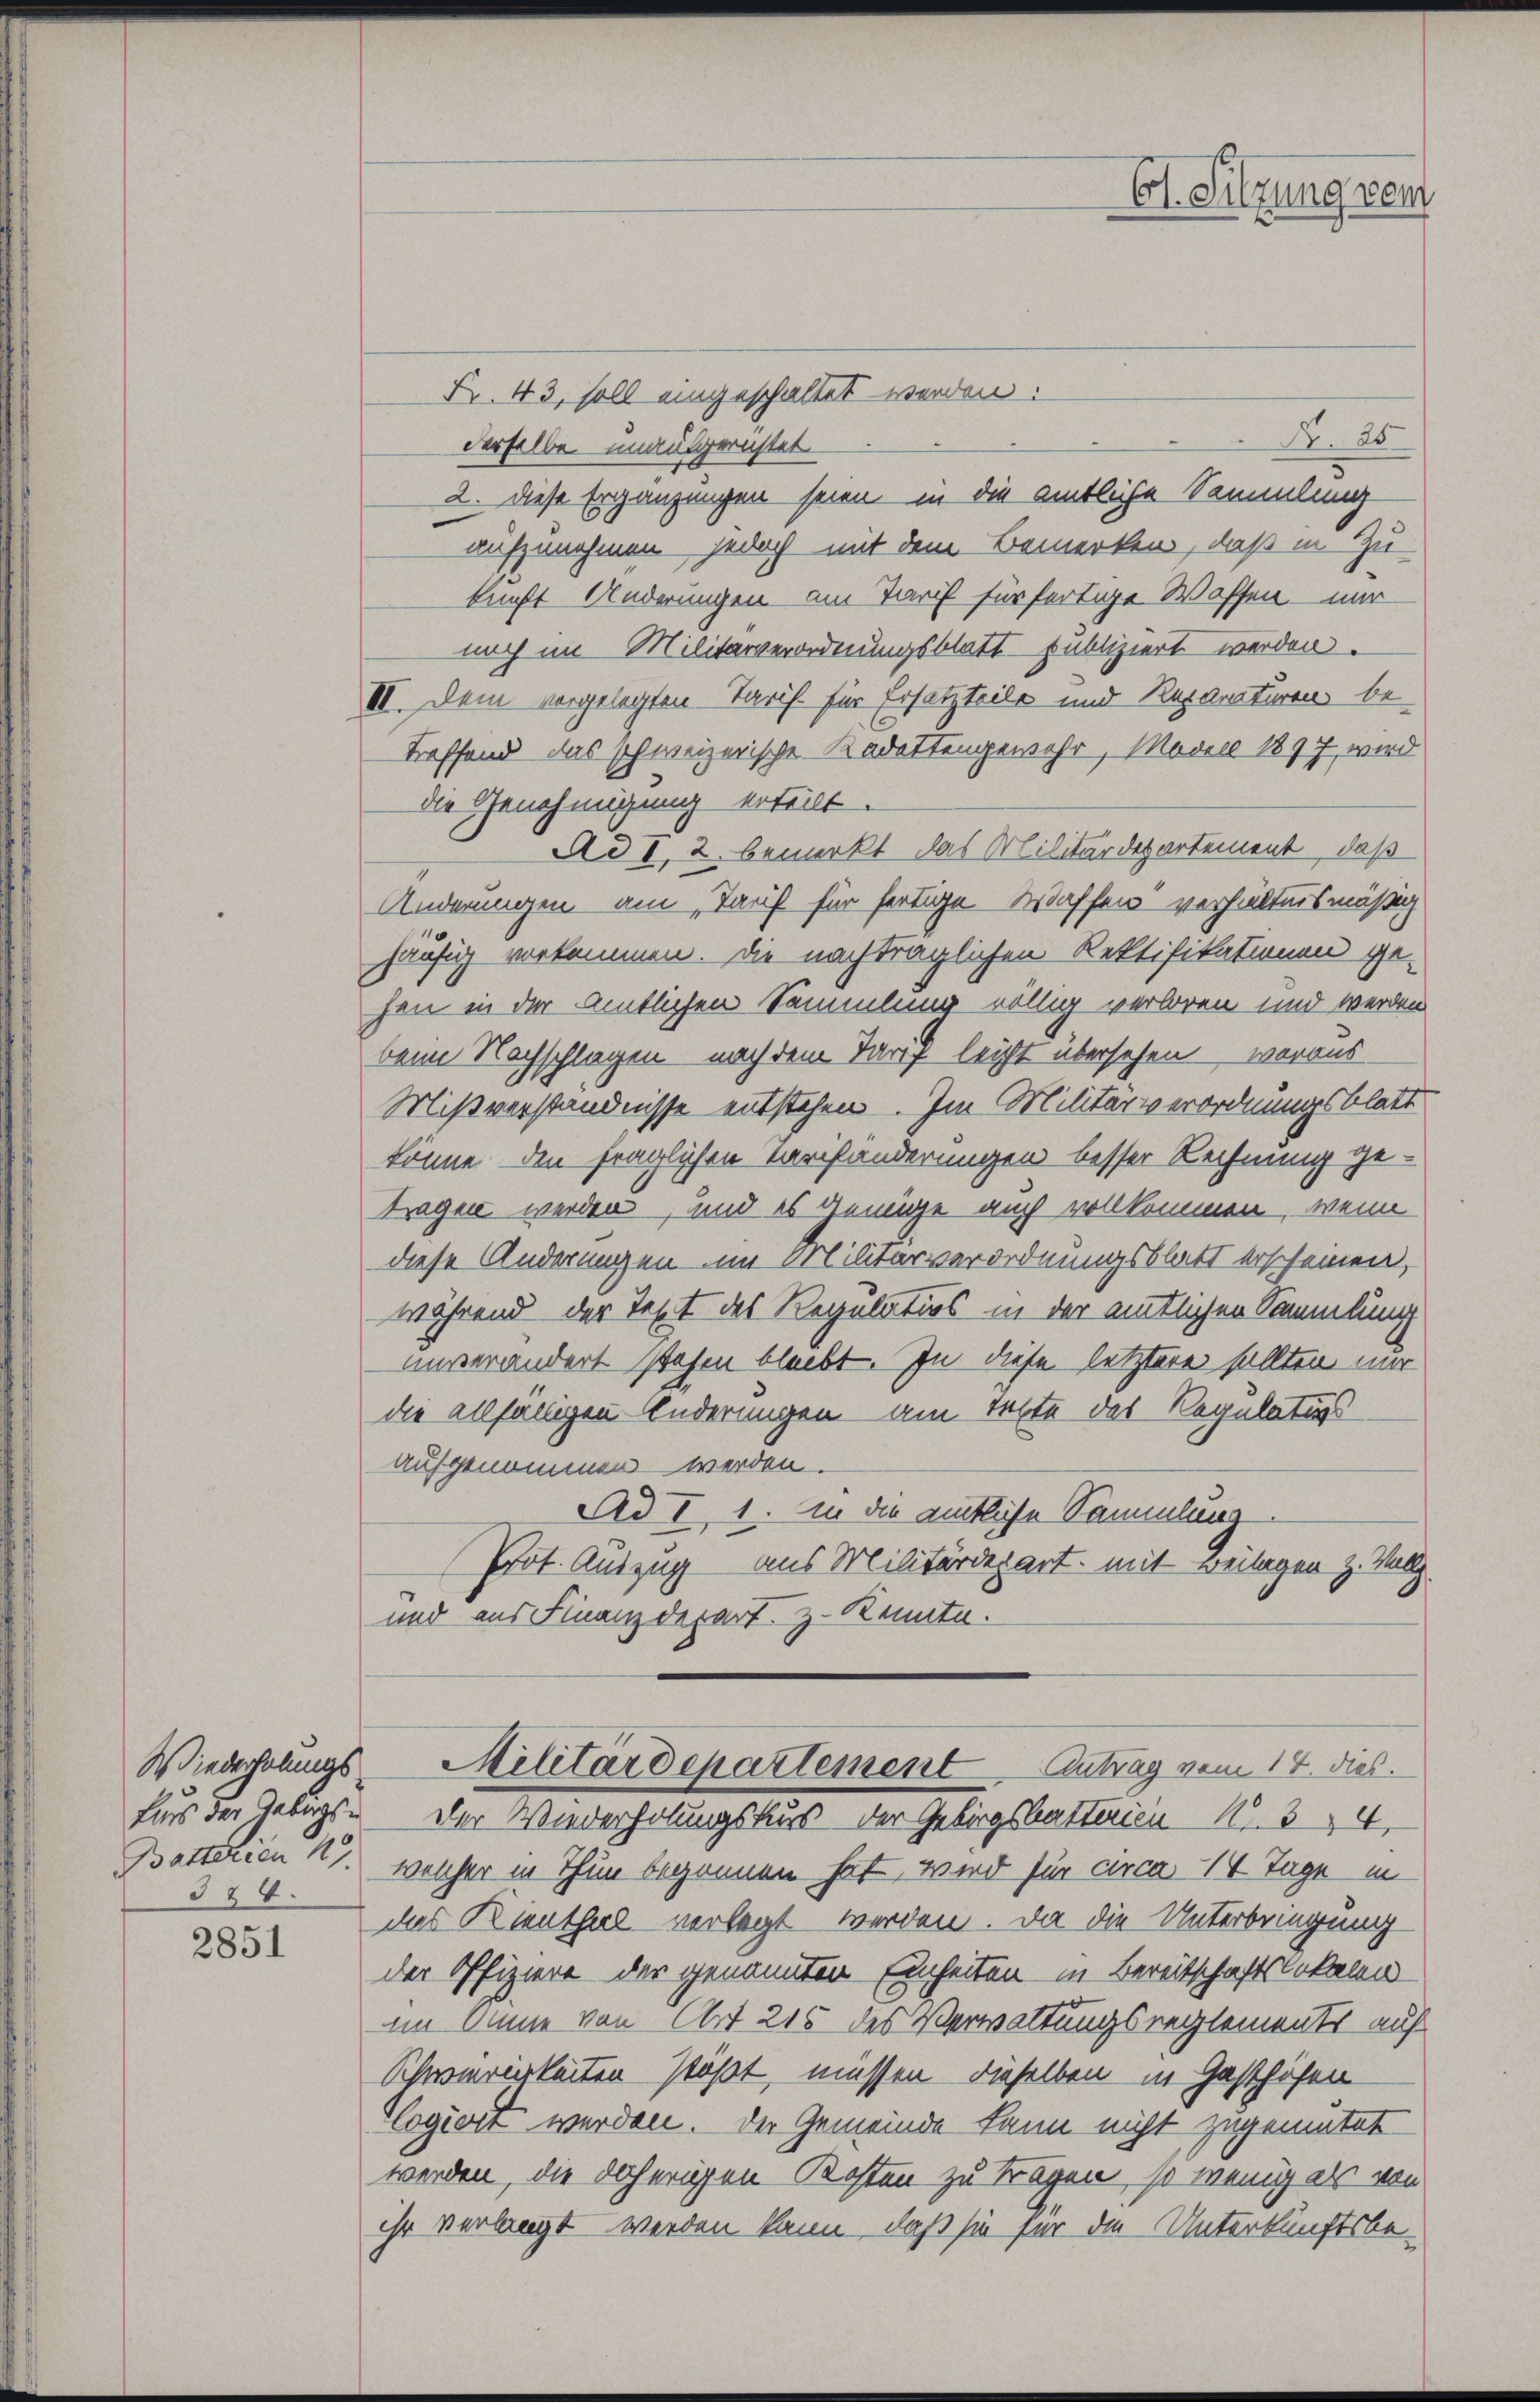
Wiederholungs
Lirs der Geberse
Baterien 4.
324.

2851

Ct. Sitzung vom

Fr. 43, soll eingeschaltet werden.
N. 25
derselbe unausgerichtet
2. Diese Ergänzungen seien in die amtliche Sammlung
aufzunehmen jedoch mit dem Bemerken, daß in Zu
kunft Änderungen am Tarif für fertige Waffen – nur
noch im Militärverordnungsblatt publiziert werden.
III. Dem vorgelegten Tarif für Ersatzteile und Reparaturen be
treffend das schweizerische Kadettengewahr, Modell 1897 wird
die Genehmigung erteilt.
Ad I, 2. bemerkt das Militärdepartement, daß
Änderungen am Tarif für fertige Waffen“ verhältnismäßig
häufig vorkommen. Die nachträglichen Rektifikationen ge-
hen in der amtlichen Sammlung völlig verloren und werden
beim Nachschlagen nach dem Tarif leicht übersehen woraus
Mißverständnisse entstehen. Im Militärverordnungsblatt
könne den fraglichen Verhänderungen besser Rechnung getragen werden, und es genüge auch vollkommen, wenn
diese Änderungen im Militärverordnungsblatt erscheinen,
während der Text des Regulatios in der amtlichen Sammlung
unverändert stehen bleibt. In diese letztere sollten mir
die allfälligen Änderungen am Texte des Regulaturs
aufgenommen werden.
Ad I. 1. In die amtliche Sammlung
Prot. Auszug aus Militärdepart mit Beilagen z. Wollg.
und aus Finanzdepart. Z. Kennte.

Der Wiederholungskus der Gebirgsbatterien N. 34,
welcher in Thun begonnen hat, wird für circa 14 Tage im
das Kienthal verlegt werden. Da die Unterbringung
der Offiziere der genannten Einheiten in Bereitschaftslokalen
im Sinne von Art. 215 des Verwaltungsreglements auf
Schwierigkeiten Paßt, müssen dieselben in Gasthöfen
Cogiert werden. Der Gemeinde kann nicht zugemutet
werden, die daherigen Kosten zu tragen, so wenig als von
ihr verlangt werden kann, daß sie für die Unterkunftsbe-

Militärdepartement Antrag vom 14. dies